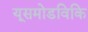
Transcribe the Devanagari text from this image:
यूसमोडविकि